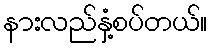
နားလည်နှံ့စပ်တယ်။